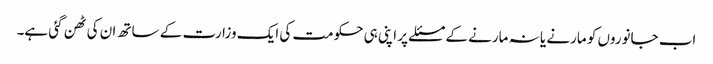
اب جانوروں کو مارنے یا نہ مارنے کے مسئلے پر اپنی ہی حکومت کی ایک وزارت کے ساتھ ان کی ٹھن گئی ہے۔